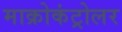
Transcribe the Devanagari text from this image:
माक्रोकंट्रोलर